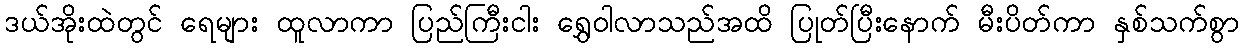
ဒယ်အိုးထဲတွင် ရေများ ထူလာကာ ပြည်ကြီးငါး ရွှေဝါလာသည်အထိ ပြုတ်ပြီးနောက် မီးပိတ်ကာ နှစ်သက်စွာ